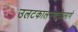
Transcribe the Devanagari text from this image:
उलटकालगणतीप्रमाणे